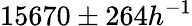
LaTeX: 15670\pm 264h^{-1}